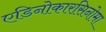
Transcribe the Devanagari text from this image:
एडिनोकारसिनोमा